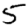
Digit: 5